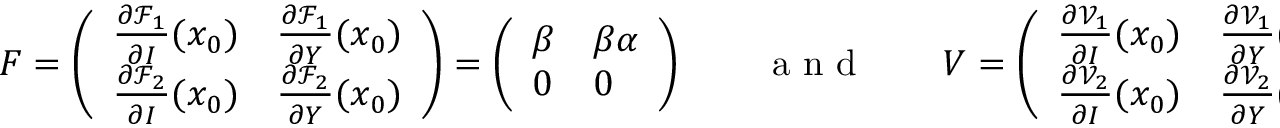
F = \left( \begin{array} { l l } { \frac { \partial \mathcal { F } _ { 1 } } { \partial I } ( x _ { 0 } ) } & { \frac { \partial \mathcal { F } _ { 1 } } { \partial Y } ( x _ { 0 } ) } \\ { \frac { \partial \mathcal { F } _ { 2 } } { \partial I } ( x _ { 0 } ) } & { \frac { \partial \mathcal { F } _ { 2 } } { \partial Y } ( x _ { 0 } ) } \end{array} \right) = \left( \begin{array} { l l } { \beta } & { \beta \alpha } \\ { 0 } & { 0 } \end{array} \right) \qquad \mathrm { ~ a ~ n ~ d ~ } \qquad V = \left( \begin{array} { l l } { \frac { \partial \mathcal { V } _ { 1 } } { \partial I } ( x _ { 0 } ) } & { \frac { \partial \mathcal { V } _ { 1 } } { \partial Y } ( x _ { 0 } ) } \\ { \frac { \partial \mathcal { V } _ { 2 } } { \partial I } ( x _ { 0 } ) } & { \frac { \partial \mathcal { V } _ { 2 } } { \partial Y } ( x _ { 0 } ) } \end{array} \right) = \left( \begin{array} { l l } { \gamma _ { 1 } } & { 0 } \\ { 0 } & { \gamma _ { 2 } } \end{array} \right) .